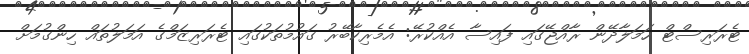
ޓެރަރިސްޓް ހަމަލާދޭން ރާއްޖޭގައި ފައިސާ އެއްކުރޭ: އެމެރިކާބޭރު ގައުމުތަކުގައި ޓެރަރިޒަމްގެ އަމަލުތައް ހިންގުމަށް